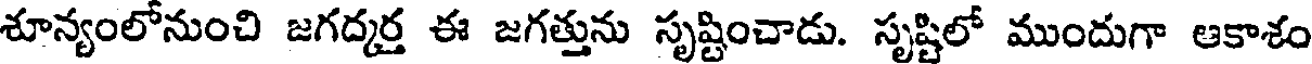
శూన్యంలోనుంచి జగద్కర్త ఈ జగత్తును సృష్టించాడు. సృష్టిలో ముందుగా ఆకాశం